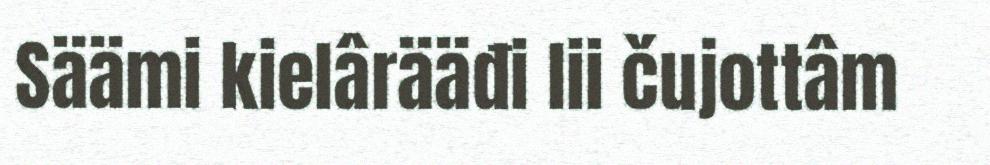
Säämi kielârääđi lii čujottâm